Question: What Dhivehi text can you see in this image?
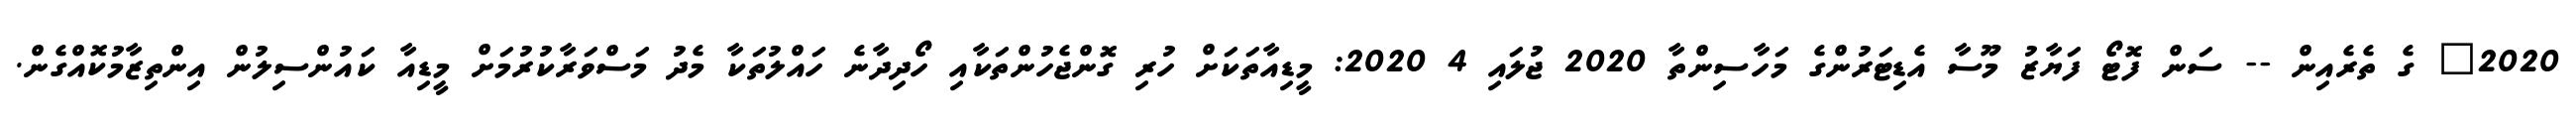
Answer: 2020" ގެ ތެރެއިން -- ސަން ފޮޓޯ ފަޔާޒު މޫސާ އެޑިޓަރުންގެ މަހާސިންތާ 2020 ޖުލައި 4 2020: މީޑިއާތަކަށް ހުރި ގޮންޖެހުންތަކާއި ހޯދިދާނެ ހައްލުތަކާ މެދު މަސްވަރާކުރުމަށް މީޑިއާ ކައުންސިލުން އިންތިޒާމުކޮއްގެން.